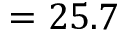
= 2 5 . 7